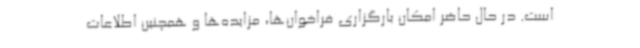
است. در حال حاضر امکان بارگزاری فراخوان‌ها، مزایده‌ها و همچنین اطلاعات